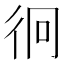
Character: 𭛡